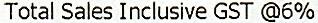
TOTAL SALES INCLUSIVE GST @6%